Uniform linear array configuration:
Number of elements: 4
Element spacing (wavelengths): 0.5
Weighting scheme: blackman
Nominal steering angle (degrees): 15
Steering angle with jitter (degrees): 13.131
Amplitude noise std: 0.05
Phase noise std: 0.05

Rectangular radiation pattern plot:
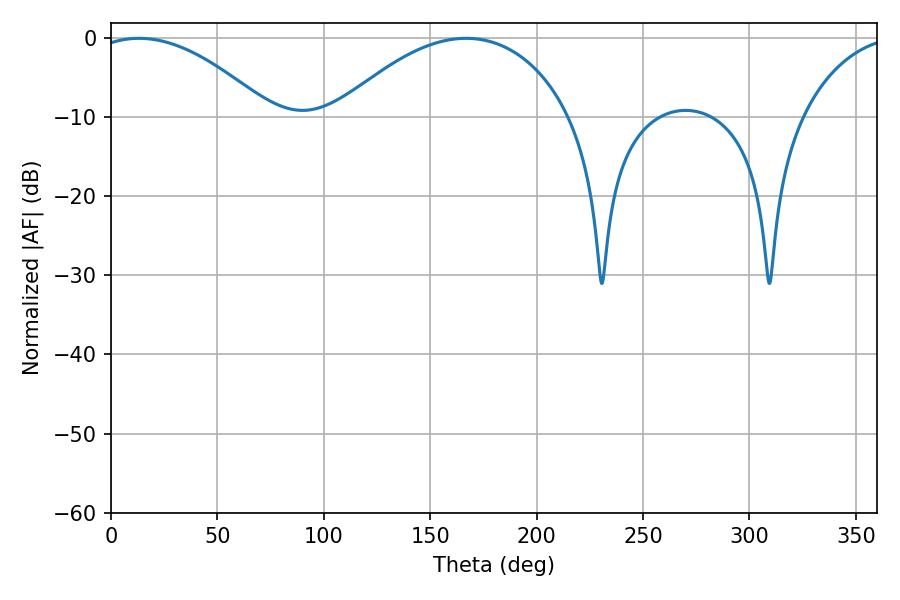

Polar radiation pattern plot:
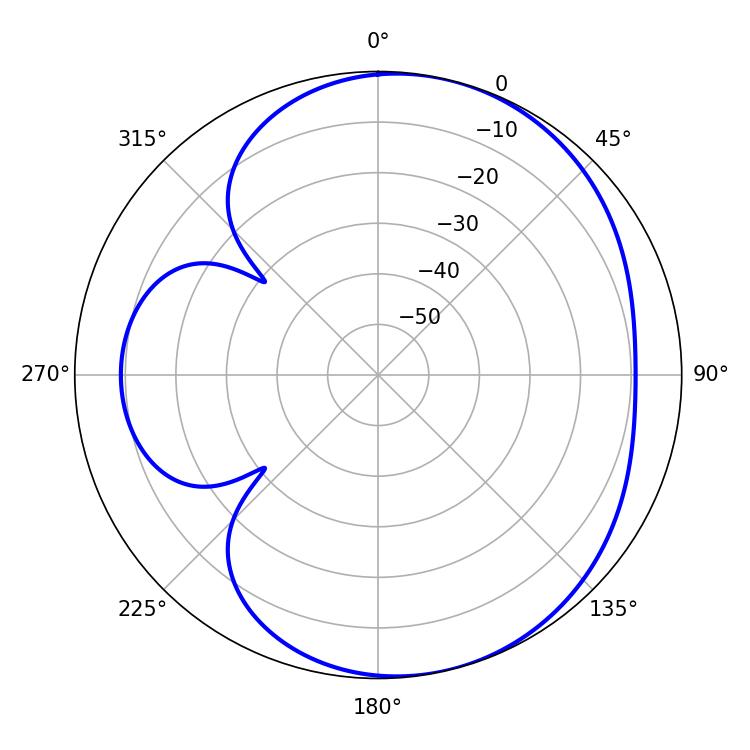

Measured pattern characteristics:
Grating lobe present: FALSE
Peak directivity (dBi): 5.343
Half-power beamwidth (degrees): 46.62
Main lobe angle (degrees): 13.14